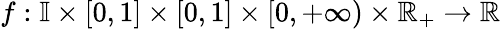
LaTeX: f:\mathbb{I}\times[0,1]\times[0,1]\times[0,+\infty)\times\mathbb{R}_{+}\to\mathbb{R}